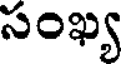
సంఖ్య